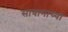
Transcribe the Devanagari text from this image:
सावानाच्या